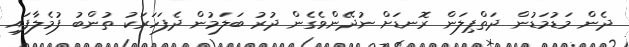
ދެން މަޑުމަޑުން ދަތްޕިލަން ރޮނޑަށް ނުދޭންވެގެން ދުރު ބަަލަމުން ދެފަހަރަކު ތުންބު ފުމެލާފައި